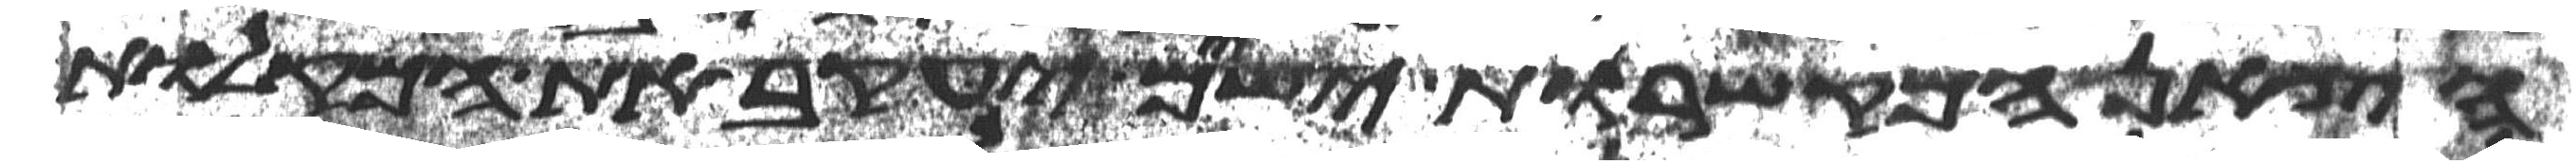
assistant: הצאן המקשרות ישים יעקב את המקלות